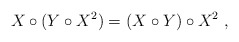
\begin{align*}X\circ (Y \circ X^2)= (X\circ Y) \circ X^2 \ ,\end{align*}